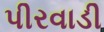
પીરવાડી